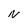
Character: N